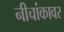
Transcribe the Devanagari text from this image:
नीचांकावर